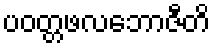
ပဝတ္တဖလဘောဇီတိ